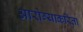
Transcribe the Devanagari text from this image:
आरोग्याकरिता